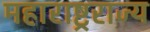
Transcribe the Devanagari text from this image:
महाराष्ट्रराज्य